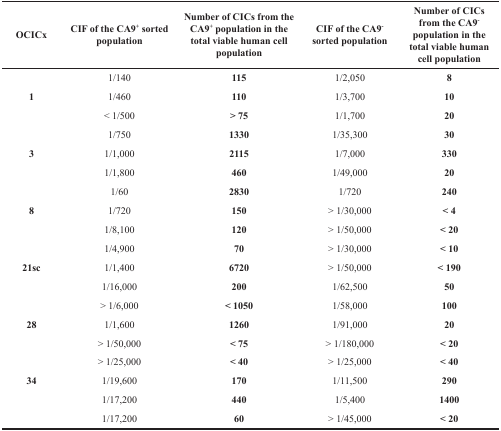
| OCICx | CIF of the CA9+ sorted population | Number of CICs from the CA9+ population in the total viable human cell population | CIF of the CA9− sorted population | Number of CICs from the CA9− population in the total viable human cell population |
 | --- | --- | --- | --- | --- |
 |  | 1/140 | 115 | 1/2,050 | 8 |
 | 1 | 1/460 | 110 | 1/3,700 | 10 |
 |  | < 1/500 | > 75 | 1/1,700 | 20 |
 |  | 1/750 | 1330 | 1/35,300 | 30 |
 | 3 | 1/1,000 | 2115 | 1/7,000 | 330 |
 |  | 1/1,800 | 460 | 1/49,000 | 20 |
 |  | 1/60 | 2830 | 1/720 | 240 |
 | 8 | 1/720 | 150 | > 1/30,000 | < 4 |
 |  | 1/8,100 | 120 | > 1/50,000 | < 20 |
 |  | 1/4,900 | 70 | > 1/30,000 | < 10 |
 | 21sc | 1/1,400 | 6720 | > 1/50,000 | < 190 |
 |  | 1/16,000 | 200 | 1/62,500 | 50 |
 |  | > 1/6,000 | < 1050 | 1/58,000 | 100 |
 | 28 | 1/1,600 | 1260 | 1/91,000 | 20 |
 |  | > 1/50,000 | < 75 | > 1/180,000 | < 20 |
 |  | > 1/25,000 | < 40 | > 1/25,000 | < 40 |
 | 34 | 1/19,600 | 170 | 1/11,500 | 290 |
 |  | 1/17,200 | 440 | 1/5,400 | 1400 |
 |  | 1/17,200 | 60 | > 1/45,000 | < 20 |